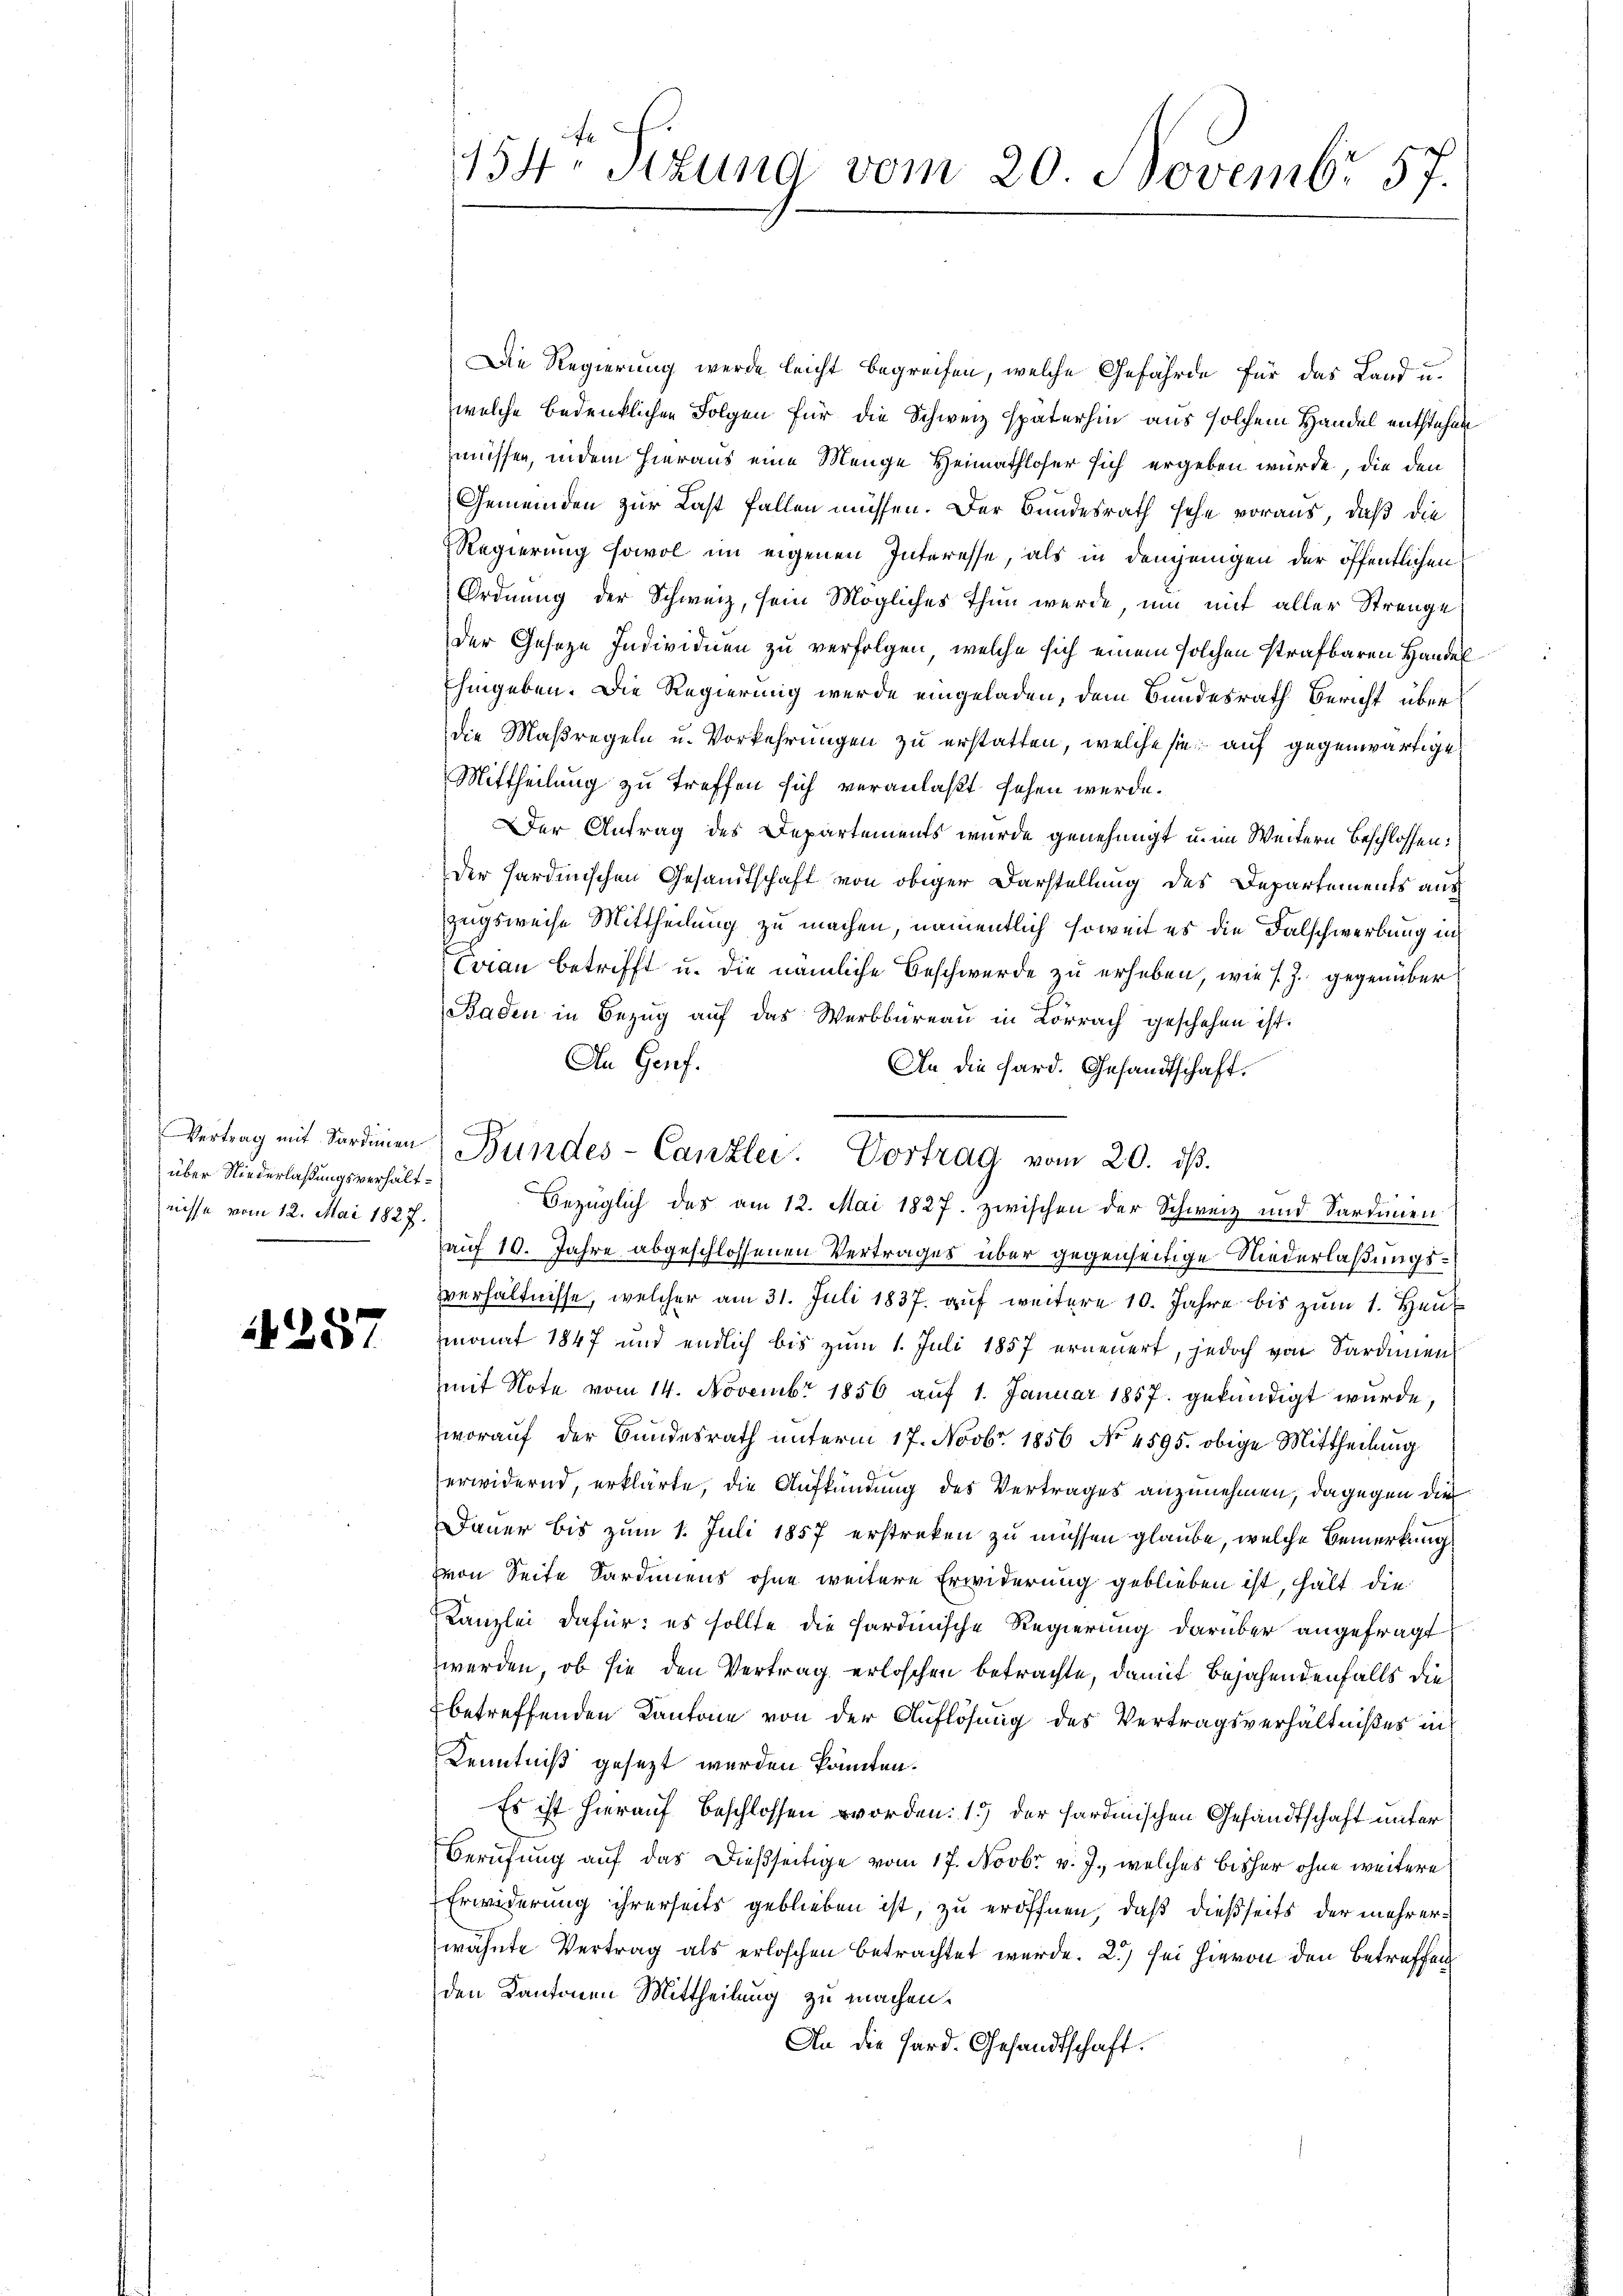
über Niederlaßungsverhältnisse vom 12. Mai 1827.

14257

Die Regierung werde leicht begreifen, welche Gefährde für das Land u.
welche bedenklichen Folgen für die Schweiz späterhin aus solchem Handel entstehen
müssen, indem hieraus eine Menge Heimathloser sich ergeben würde, die den
Gemeinden zur Last fallen müssen. Der Bundesrath sehe voraus, daß die
Regierung sowol im eigenen Interesse, als in demjenigen der öffentlichen
Ordnung der Schweiz, sein Mögliches Thun werde um mit aller Strenge
der Geseze Individuen zu verfolgen, welche sich einem solchen strafbaren Handel
Ehingeben. Die Regierung werde eingeladen, dem Bundesrath Bericht über
die Maßregeln u. Vorkehrungen zu erstatten, welche sie auf gegenwärtige
Mittheilung zu treffen sich veranlaßt sehen werde.
Der Antrag des Departements wurde genehmigt u. im Weitern beschlossen:
Der Hardinischen Gesandtschaft von obiger Darstellung des Departements aus
Zugsweise Mittheilung zu machen, namentlich soweit es die Falschwerbung in
Coran betrifft u. die nämliche Beschwerde zu erheben, wie s. Z. gegenüber
Baden in Bezug auf das Werbbüreau in Lörrach geschehen ist.
An Genf.
An die Hard. Gesandtschaft.
Bezüglich des am 12. Mai 1827. zwischen der Schweiz und Sardinien
auf 10. Jahre abgeschlossenen Vertrages über gegenseitige Niederlaßungssverhältnisse, welcher am 31. Juli 1837. auf weitere 10. Jahre bis zum 1. Heuzmonat 1847 und endlich bis zum 1. Juli 1857 erneuert, jedoch von Sardinen
mit Note vom 14. Novembr 1856 auf 1. Januar 1857 gekündigt wurde,
worauf der Bundesrath unterm 17. Novbr. 1856 No. 4595. obige Mittheilung
erwidernd, erklärte, die Aufkündung des Vertrages anzunehmen, dagegen die
Dauer bis zum 1. Juli 1857 erstreken zu müssen glaube, welche Bemerkung
von Seite Sardiniens ohne weitere Erwiderung geblieben ist, hält die
Kanzlei dafür: es sollte die sardinische Regierung darüber angefragt
werden, ob sie den Vertrag erloschen betrachte, damit Bejahendenfalls die
betreffenden Kantone von der Auflösung des Vertragsverhältnißes in
Kenntniß gesezt werden könnten.
Es ist hierauf beschlossen worden: 1) der sardinischen Gesandtschaft unter
Berufung auf das dießseitige vom 17. Novbr. v. J., welches bisher ohne weitere
Erwiderung ihrerseits geblieben ist, zu eröffnen, daß dießseits der mehrerwähnte Vertrag als erloschen betrachtet wurde. 2) sei hievon den Betreffen
den Kantonen Mittheilung zu machen.
An die Hard. Gesandtschaft.

t
154. Sizung vom 20. Novembr 57.

Vertrag mit Sardinen Bundes-Canzlei. Vortrag vom 20. dβ.